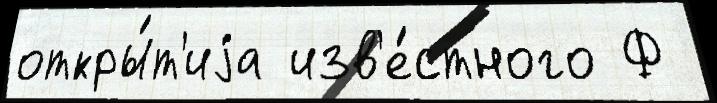
откры́т'иjа изв'е́стного Ф